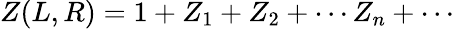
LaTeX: Z(L,R)=1+Z_{1}+Z_{2}+\cdots Z_{n}+\cdots